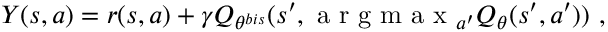
Y ( s , a ) = r ( s , a ) + \gamma Q _ { \theta ^ { b i s } } ( s ^ { \prime } , \mathrm { ~ a ~ r ~ g ~ m ~ a ~ x ~ } _ { a ^ { \prime } } Q _ { \theta } ( s ^ { \prime } , a ^ { \prime } ) ) ~ ,